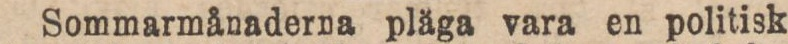
Sommarmånaderna pläga vara en politisk